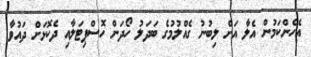
އެހެންކަމުން އެލާ އަށް ލިބުނު ގެއްލުމުގެ ބަދަލު ހޯދަން ހޮސްޕިޓަލާއި ދެކޮޅަށް ދައުވާ